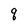
Character: q